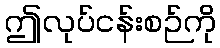
ဤလုပ်ငန်းစဉ်ကို